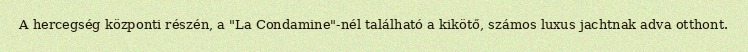
A hercegség központi részén, a "La Condamine"-nél található a kikötő, számos luxus jachtnak adva otthont.